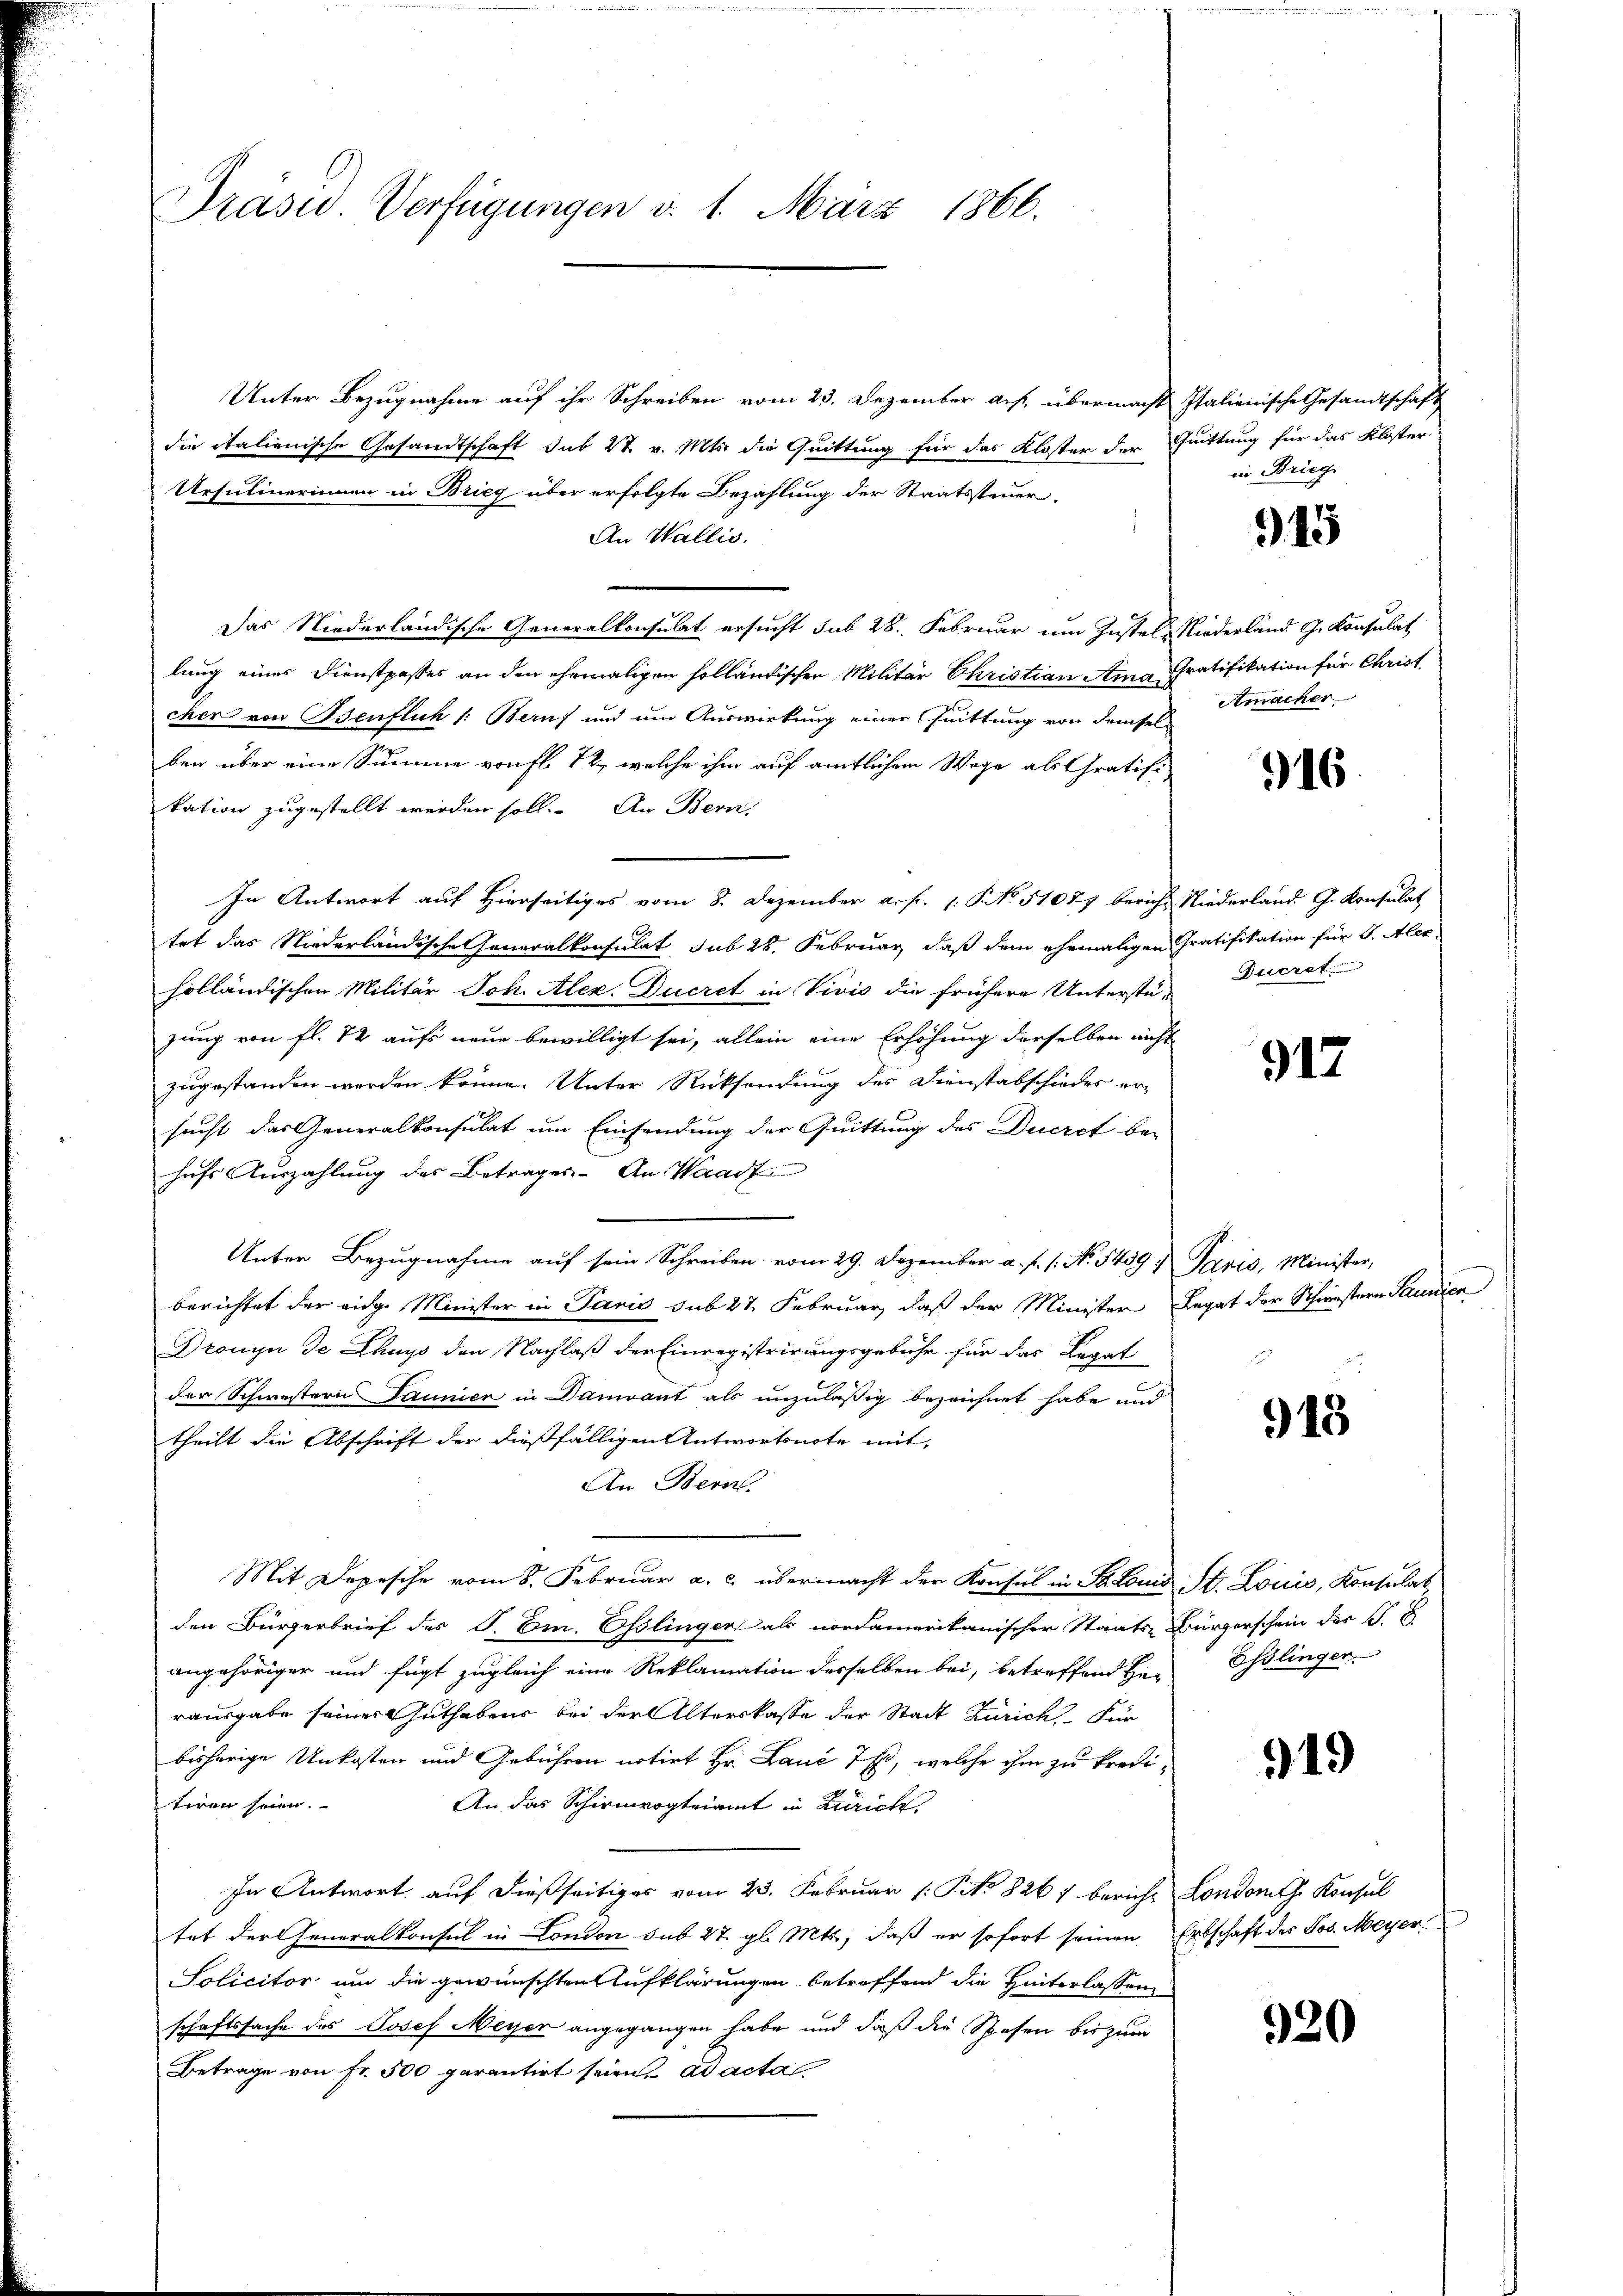
Präsid. Verfügungen d. 1. März 1866.

Unter Bezugnahme auf ihr Schreiben vom 23. Dezember a.h. übermacht Italienische Gesandtschaft
die italienische Gesandtschaft sub 27. v. Mts. die Quittung für das Kloster der Quittung für das Kloster-
Ursulinerinnen in Brieg über erfolgte Bezahlung der Staatssteuer-
An Wallis.
Das Niederländische Generalkonsulat ersucht sub 28. Februar um Zustel-Niederland G. Konsulat
lung eines Dienstpasses an den ehemaligen holländischen Militär Christian Anna Gratifikation für Christ,
cher von Benfluh 1: Bern) und um Auswirkung einer Quittung von demsel-
ben über eine Summe von fl. 72, welche ihm auf amtlichem Wege als Gratifikation zugestellt werden soll. An Bern,
In Antwort auf Hierseitiges vom 8. Dezember a. f. 1. P. No. 51077 bericht Niederland G. Konsulat
tet das Niederländische Generalkonsulat sub 28. Februar, daß dem ehemaligen Gratifikation für J. Alex
holländischen Militär Joh. Alex. Ducret in Vivis die frühere Unterstü-
zung von fl. 72 aufs neue bewilligt sei, allein eine Erhöhung derselben nicht
zugestanden werden könne. Unter Rücksendung des Dienstabschiedes ersucht das Generalkonsulat um Einsendung der Quittung des Ducrct be-
hufs Auszahlung des Betrages. An Waadt
Unter Bezugnahme auf sein Schreiben vom 29. Dezember a. f. 1. No. 5459. Paris, Minister,
berichtet der eidge Minister in Panić sub 27 Februar, daß der Minister Legat der Schienstern Taunier
Dronyn de Thays den Nachlaß der Einregistrirungsgebühr für das Legat
der Schwestern Taunier in Damvant als unzuläßig bezeichnet habe und
theilt die Abschrift der dießfälligen Antwortsnote mit,
An Bern.
Mit Depesche vom 8. Februar a. c. übermacht der Konsul in Stonis St. Louis, Konsulat
den Bürgerbrief des P. Em. Osslinger als nordamerikanischer Staats-Bürgerschein des G. B
angehöriger und fügt zugleich eine Reklamation desselben bei, betreffend Her
rausgabe seiner Guthabens bei der Alterskasse der Stadt Zürich. Für
bisherige Unkosten und Gebühren notirt Hr. Lauć 7 Er, welche ihm zu krediteren seien.
An das Schirmvogteiamt in Zürich,
In Antwort auf dießseitiges vom 23. Februar (: P. No 8267 bericht Londones Konsul
tat der Generalkonsul in London sub 27. gl. Mts., daß er sofort seinen Erbschaft des Jos. Meyer
Policitor um die gewünschten Aufklärungen betreffend die Hinterlassen
schaftssache des Josef Meyer angegangen habe und daß die Spesen bis zum
Betrage von Fr. 500 parantirt seien. ad actal

in Brieg.

15

Atmacher

916.

Ducret.

917

18

Esslinger.

519

920